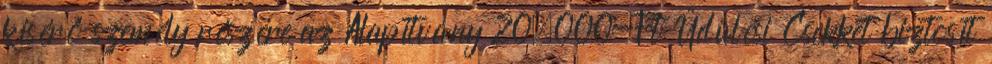
kísérő személy részére az Alapítvány 20.000-Ft Üdülési Csekket biztosít